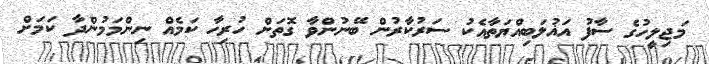
މަޖިލީހުގެ ސާފު އަޣުލަބިއްޔަތާއެކު ސަރުކާރުން ބޭނުންވާ ގޮތަށް ހުރިހާ ކަމެއް ނިންމަމުންދާ ކަމަށް